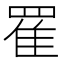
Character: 䍜